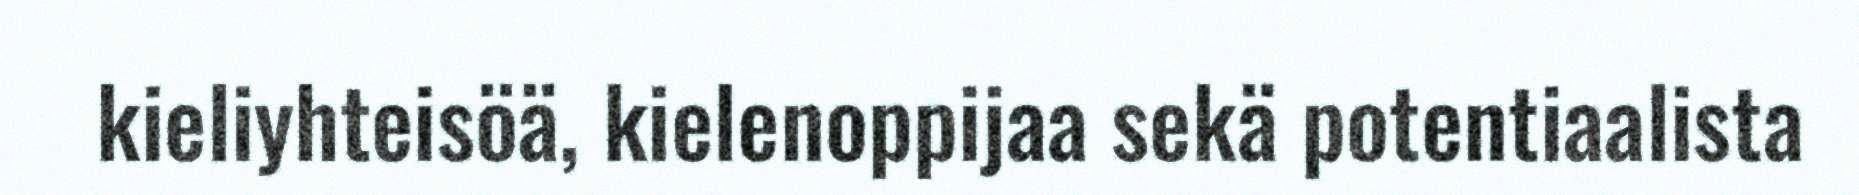
kieliyhteisöä, kielenoppijaa sekä potentiaalista